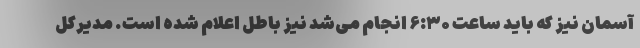
آسمان نیز که باید ساعت ۶:۳۰ انجام می‌شد نیز باطل اعلام شده است. مدیرکل